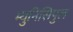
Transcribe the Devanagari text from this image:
म्युनिसिपुल